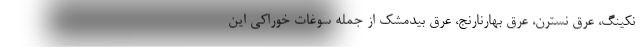
نکینگ، عرق نسترن، عرق بهارنارنج، عرق بیدمشک از جمله سوغات خوراکی این